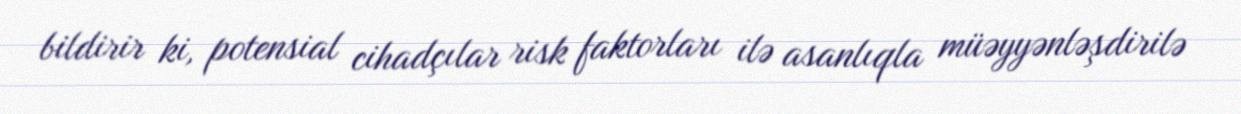
bildirir ki, potensial cihadçılar risk faktorları ilə asanlıqla müəyyənləşdirilə